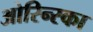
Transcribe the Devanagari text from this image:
ओरिन्स्का